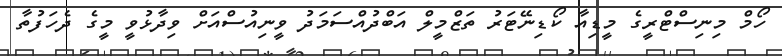
ހޯމް މިނިސްޓްރީގެ މީޑިއާ ކޯޑިނޭޓަރު ތަޒްމީލް އަބްދުއްސަމަދު ވީނިއުސްއަށް ވިދާޅުވީ މީގެ ދެހަފުތާ